Petseri_perekonnanimede_kartoteek, lk 4
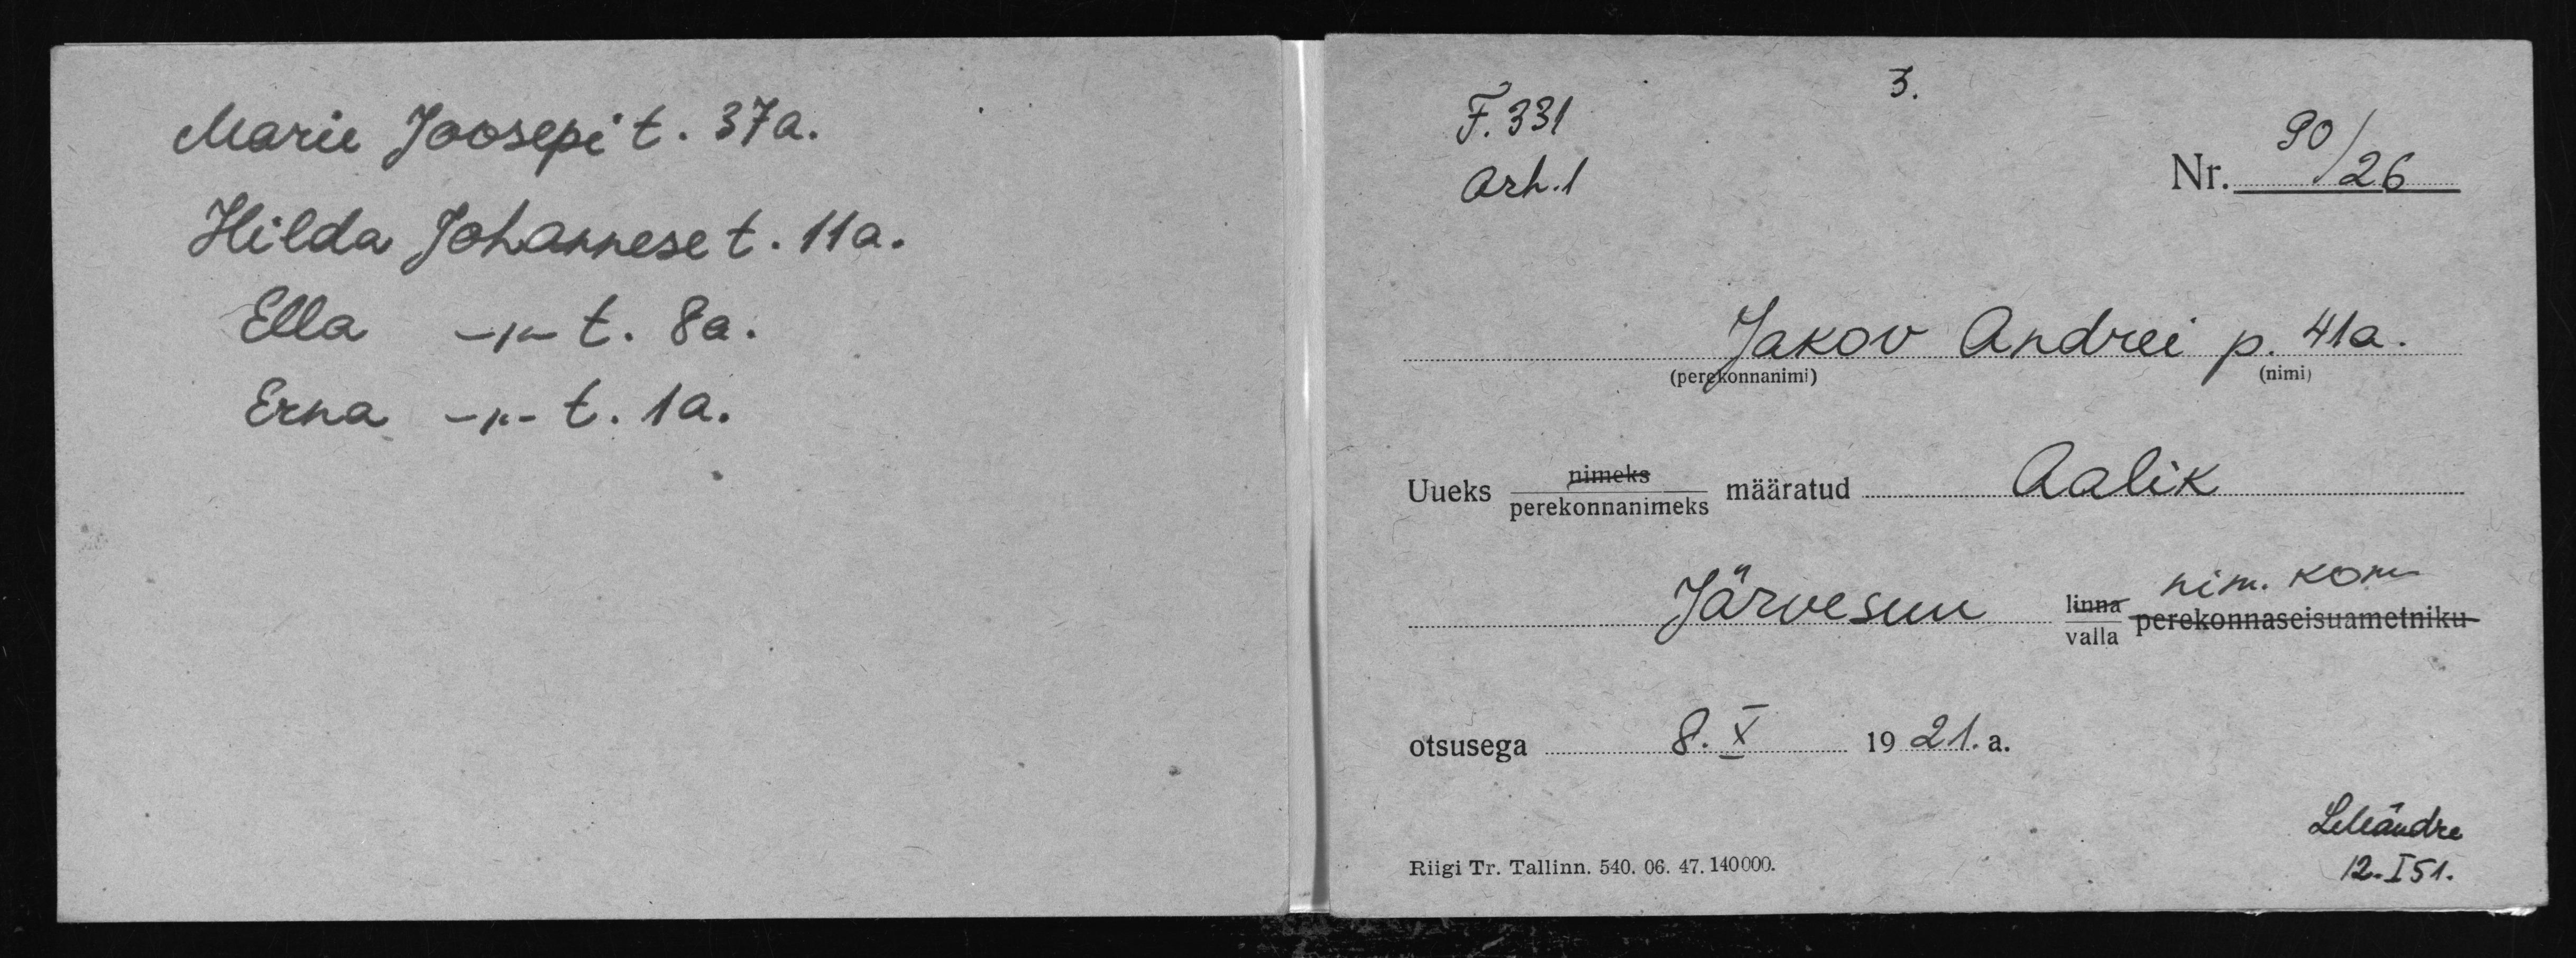
Marie Joosepi t. 37 a.
Hilda Johannese t. 11a.
Ella -"- t. 8a.
Erna -"- t. 1a.

F.331
Nr. 26
Arh.1
Jakov Andrei p. 41a.
Aalik
Uueks nimeks määratud.
nim. kom.
Järvesuu linna
valla perekonnaseisuametniku
8. X 1921. a.
otsusega
LMändre
Riigi Tr. Tallinn. 540. 06. 47. 140000.
12.I 51